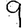
Digit: 9